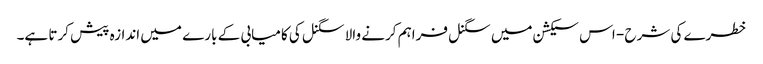
خطرے کی شرح - اس سیکشن میں سگنل فراہم کرنے والا سگنل کی کامیابی کے بارے میں اندازہ پیش کرتا ہے۔